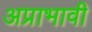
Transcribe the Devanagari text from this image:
अप्राभावी